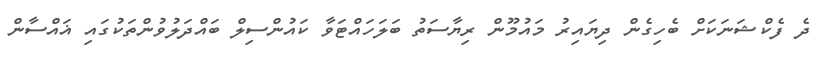
ދެ ފެކްޝަނަކަށް ބެހިގެން ދިޔައިރު މައުމޫން ރިޔާސަތު ބަލަހައްޓަވާ ކައުންސިލް ބައްދަލުވުންތަކުގައި ޣައްސާން